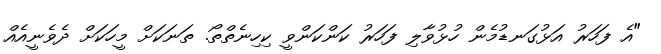
"އެ ފަހަރު އަޅުގަނޑުމެން ހުޅުވާލި ފަހަރު ކަންކަންވީ ކިހިނެތްތޯ. ތަނަކަށް މީހަކަށް ދެވެނީއެއް